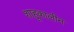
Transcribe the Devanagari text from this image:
शाहूकालीन